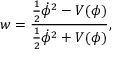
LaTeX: w = { \frac { { \frac { 1 } { 2 } } { \dot { \phi } } ^ { 2 } - V ( \phi ) } { { \frac { 1 } { 2 } } { \dot { \phi } } ^ { 2 } + V ( \phi ) } } ,